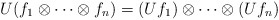
\begin{align*}U(f_{1}\otimes\cdots\otimes f_{n})= (Uf_{1})\otimes\cdots\otimes(Uf_{n})\end{align*}